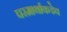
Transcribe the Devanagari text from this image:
परमार्थाकडेच